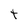
Character: t